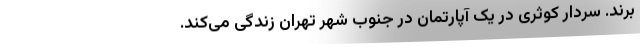
‌برند. سردار کوثری در یک آپارتمان در جنوب شهر تهران زندگی می‌کند.